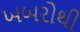
ખબરોથી